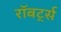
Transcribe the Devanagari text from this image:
रॉबर्ट्‍स